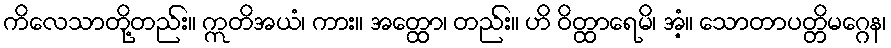
ကိလေသာတို့တည်း။ ဣတိအယံ၊ ကား။ အတ္ထော၊ တည်း။ ဟိ ဝိတ္ထာရေမိ၊ အံ့။ သောတာပတ္တိမဂ္ဂေန၊